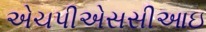
એચપીએસસીઆઇ